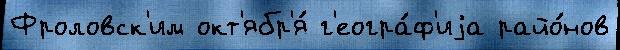
Фроловск'им окт'ябр'я́ г'еогра́ф'иjа райо́нов